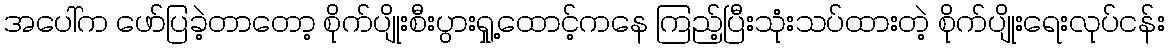
အပေါ်က ဖော်ပြခဲ့တာတော့ စိုက်ပျိုးစီးပွားရှု့ထောင့်ကနေ ကြည့်ပြီးသုံးသပ်ထားတဲ့ စိုက်ပျိုးရေးလုပ်ငန်း